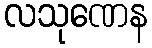
လသုဏေန